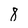
Character: 8